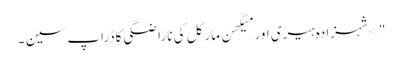
"> شہزادہ ہیری اور میگھن مارکل کی ناراضگی کا ڈراپ سین ۔